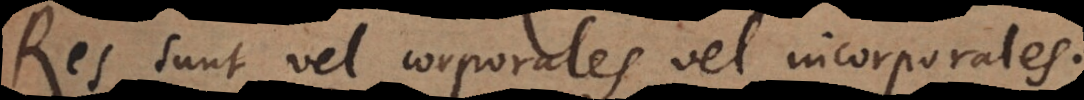
Res sunt vel corporales vel incorporales.